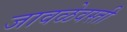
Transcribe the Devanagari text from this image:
जावळेवस्ती